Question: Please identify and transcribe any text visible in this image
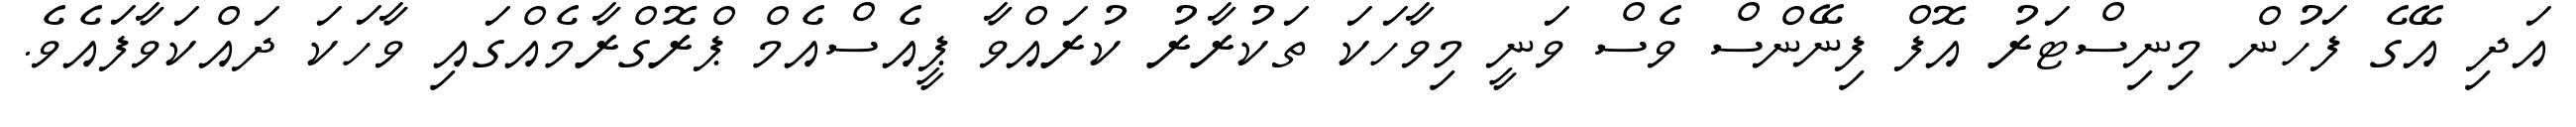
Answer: އަދި އޭގެ ފަހުން މިނިސްޓަރު އޮފް ފިނޭންސް ވެސް ވަނީ މިވާހަކަ ތަކުރާރު ކުރައްވާ ޕީއެސްއެމް ޕްރޮގްރާމެއްގައި ވާހަކަ ދައްކަވާފައެވެ.